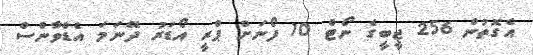
އެގޮތުން 256 ޖީބީގެ ނޯޓް 10 ފޯނަށް ޕްރީ އޯޑަރު ދޭނަމަ އެޑްވާންސް